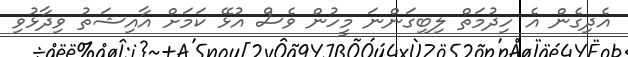
އެދިގެން އެ ހިދުމަތް ލިބިގަންނަ މީހުން ވެސް އުޅޭ ކަމަށް އާއިޝަތު ވިދާޅުވި